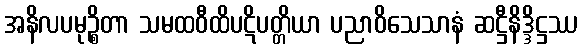
အနိလပမုဉ္စိတာ သမထဝီထိပဋိပတ္တိယာ ပညာဝိသေသာနံ ဆဋ္ဌီနိဒ္ဒိဋ္ဌဿ